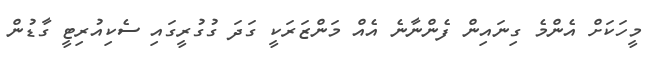
މީހަކަށް އެންމެ ގިނައިން ފެންނާނެ އެއް މަންޒަރަކީ ގަދަ ގުގުރީގައި ސެކިއުރިޓީ ގާޑުން